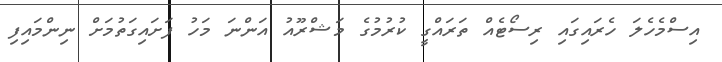
އިސްމެހެލަ ހެރައިގައި ރިސޯޓެއް ތަރައްގީ ކުރުމުގެ މަޝްރޫއު އަންނަ މަހު ފަށައިގަތުމަށް ނިންމައިފި